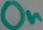
Text: On